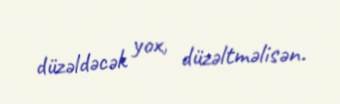
düzəldəcək yox, düzəltməlisən.